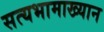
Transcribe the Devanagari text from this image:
सत्यभामाख्यान